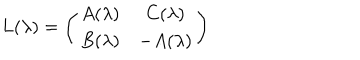
L ( \lambda ) = \left( \begin{matrix} { { A ( \lambda ) } } & { { C ( \lambda ) } } \\ { { B ( \lambda ) } } & { { - A ( \lambda ) } } \\ \end{matrix} \right)